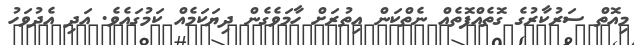
މިއޮތް ސަރުކާރުގެ ގޮތެއްފޮތެއް ނެތްކަން އިތުރަށް ހާމަވެގެން ދިޔަކަމެއް ކަމުގައެވެ. އަދި އެދުވަހު